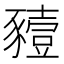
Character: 豷